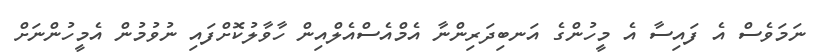
ނަމަވެސް އެ ފައިސާ އެ މީހުންގެ އަނބިދަރިންނާ އެމްއެސްއެލްއިން ހާވާލުކޮށްފައި ނުވުމުން އެމީހުންނަށް